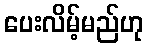
ပေးလိမ့်မည်ဟု